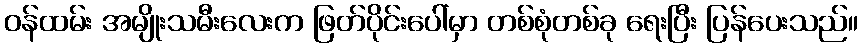
ဝန်ထမ်း အမျိုးသမီးလေးက ဖြတ်ပိုင်းပေါ်မှာ တစ်စုံတစ်ခု ရေးပြီး ပြန်ပေးသည်။